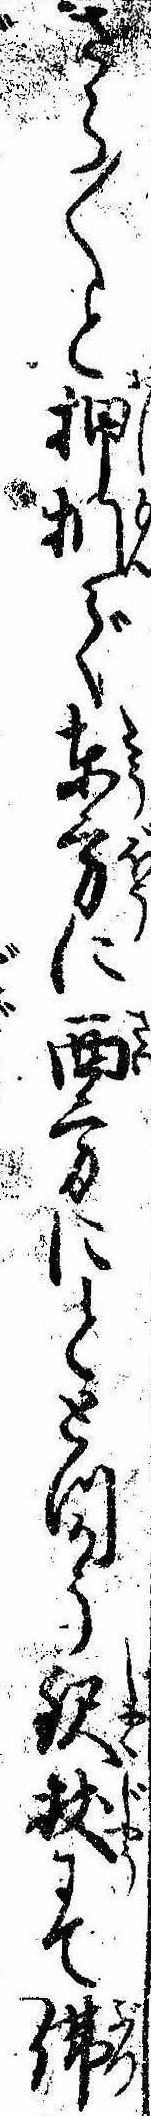
さら〱と押捫で東方に西方にととつかう鈬杖にて仏